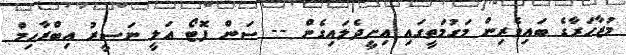
މުޒާހަރާގެ ބައިވެރިން މަގުމަތީގައި އިށީދެލައިގެން -- ސަން ފޮޓޯ އަލީ ނަސީރު އިބްރާޙިމް